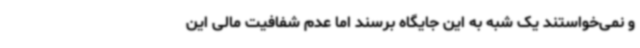
و نمی‌خواستند یک شبه به این جایگاه برسند اما عدم شفافیت مالی این